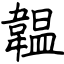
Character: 韞